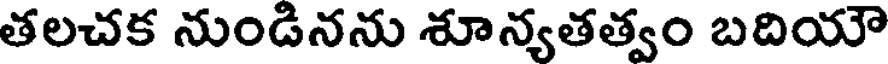
తలచక నుండినను శూన్యతత్వం బదియౌ